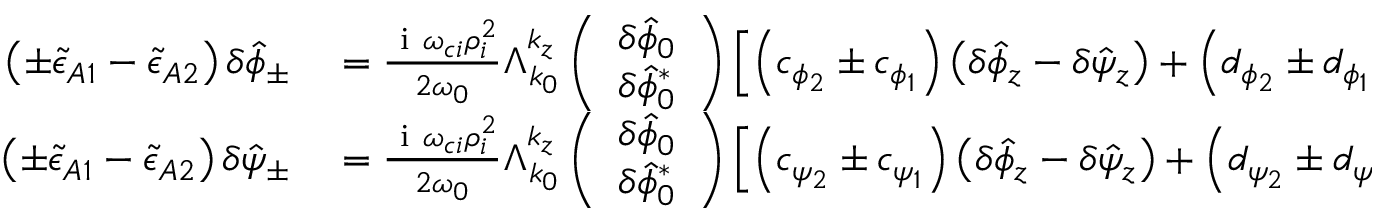
\begin{array} { r l } { \left( \pm \tilde { \epsilon } _ { A 1 } - \tilde { \epsilon } _ { A 2 } \right) \delta \hat { \phi } _ { \pm } } & { { } = \frac { \mathrm { ~ i ~ } \omega _ { c i } \rho _ { i } ^ { 2 } } { 2 \omega _ { 0 } } \Lambda _ { k _ { 0 } } ^ { k _ { z } } \left( \begin{array} { c } { \delta \hat { \phi } _ { 0 } } \\ { \delta \hat { \phi } _ { 0 } ^ { * } } \end{array} \right) \left[ \left( c _ { \phi _ { 2 } } \pm c _ { \phi _ { 1 } } \right) \left( \delta \hat { \phi } _ { z } - \delta \hat { \psi } _ { z } \right) + \left( d _ { \phi _ { 2 } } \pm d _ { \phi _ { 1 } } \right) \delta \hat { \psi } _ { z } \right] , } \\ { \left( \pm \tilde { \epsilon } _ { A 1 } - \tilde { \epsilon } _ { A 2 } \right) \delta \hat { \psi } _ { \pm } } & { { } = \frac { \mathrm { ~ i ~ } \omega _ { c i } \rho _ { i } ^ { 2 } } { 2 \omega _ { 0 } } \Lambda _ { k _ { 0 } } ^ { k _ { z } } \left( \begin{array} { c } { \delta \hat { \phi } _ { 0 } } \\ { \delta \hat { \phi } _ { 0 } ^ { * } } \end{array} \right) \left[ \left( c _ { \psi _ { 2 } } \pm c _ { \psi _ { 1 } } \right) \left( \delta \hat { \phi } _ { z } - \delta \hat { \psi } _ { z } \right) + \left( d _ { \psi _ { 2 } } \pm d _ { \psi _ { 1 } } \right) \delta \hat { \psi } _ { z } \right] , } \end{array}